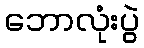
ဘောလုံးပွဲ